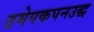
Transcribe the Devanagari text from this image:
ठमेपकपनउद्ध